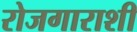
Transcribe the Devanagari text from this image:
रोजगाराशी